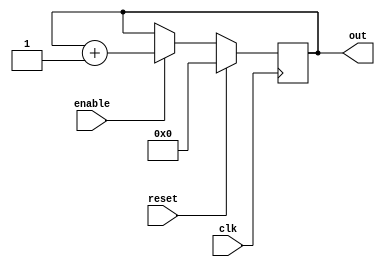
module counter    (out, enable, clk,reset);
output [3:0] out;//----------Output Ports------ 
input enable, clk, reset; ////--- Input Ports---- 
reg [3:0] out;//---Internal Variables--------
 
always @(posedge clk)
	if (reset) begin
  	out <= 4'b0 ;
	end else if (enable) begin
  	out <= out + 1'b1;
	end
	endmodule 

module counter_tb; 
  reg clk, reset, enable; 
  wire [3:0] out; 
    
  counter U0 ( .clk    (clk), .reset  (reset), .enable (enable),.out  (out)); 
  initial begin
    clk = 0;  enable = 0; 
reset = 1; 
#5 enable = 1;  
#5   reset = 0; 
#200 $finish; 
end 
    
  always #5 clk = !clk; 
  
initial  begin
    $display("\t\ttime,\tclk,\treset,\tenable,\tout"); 
    $monitor("%d,\t%b,\t%b,\t%b,\t%d",$time, clk,reset,enable,out); 
  end 
endmodule